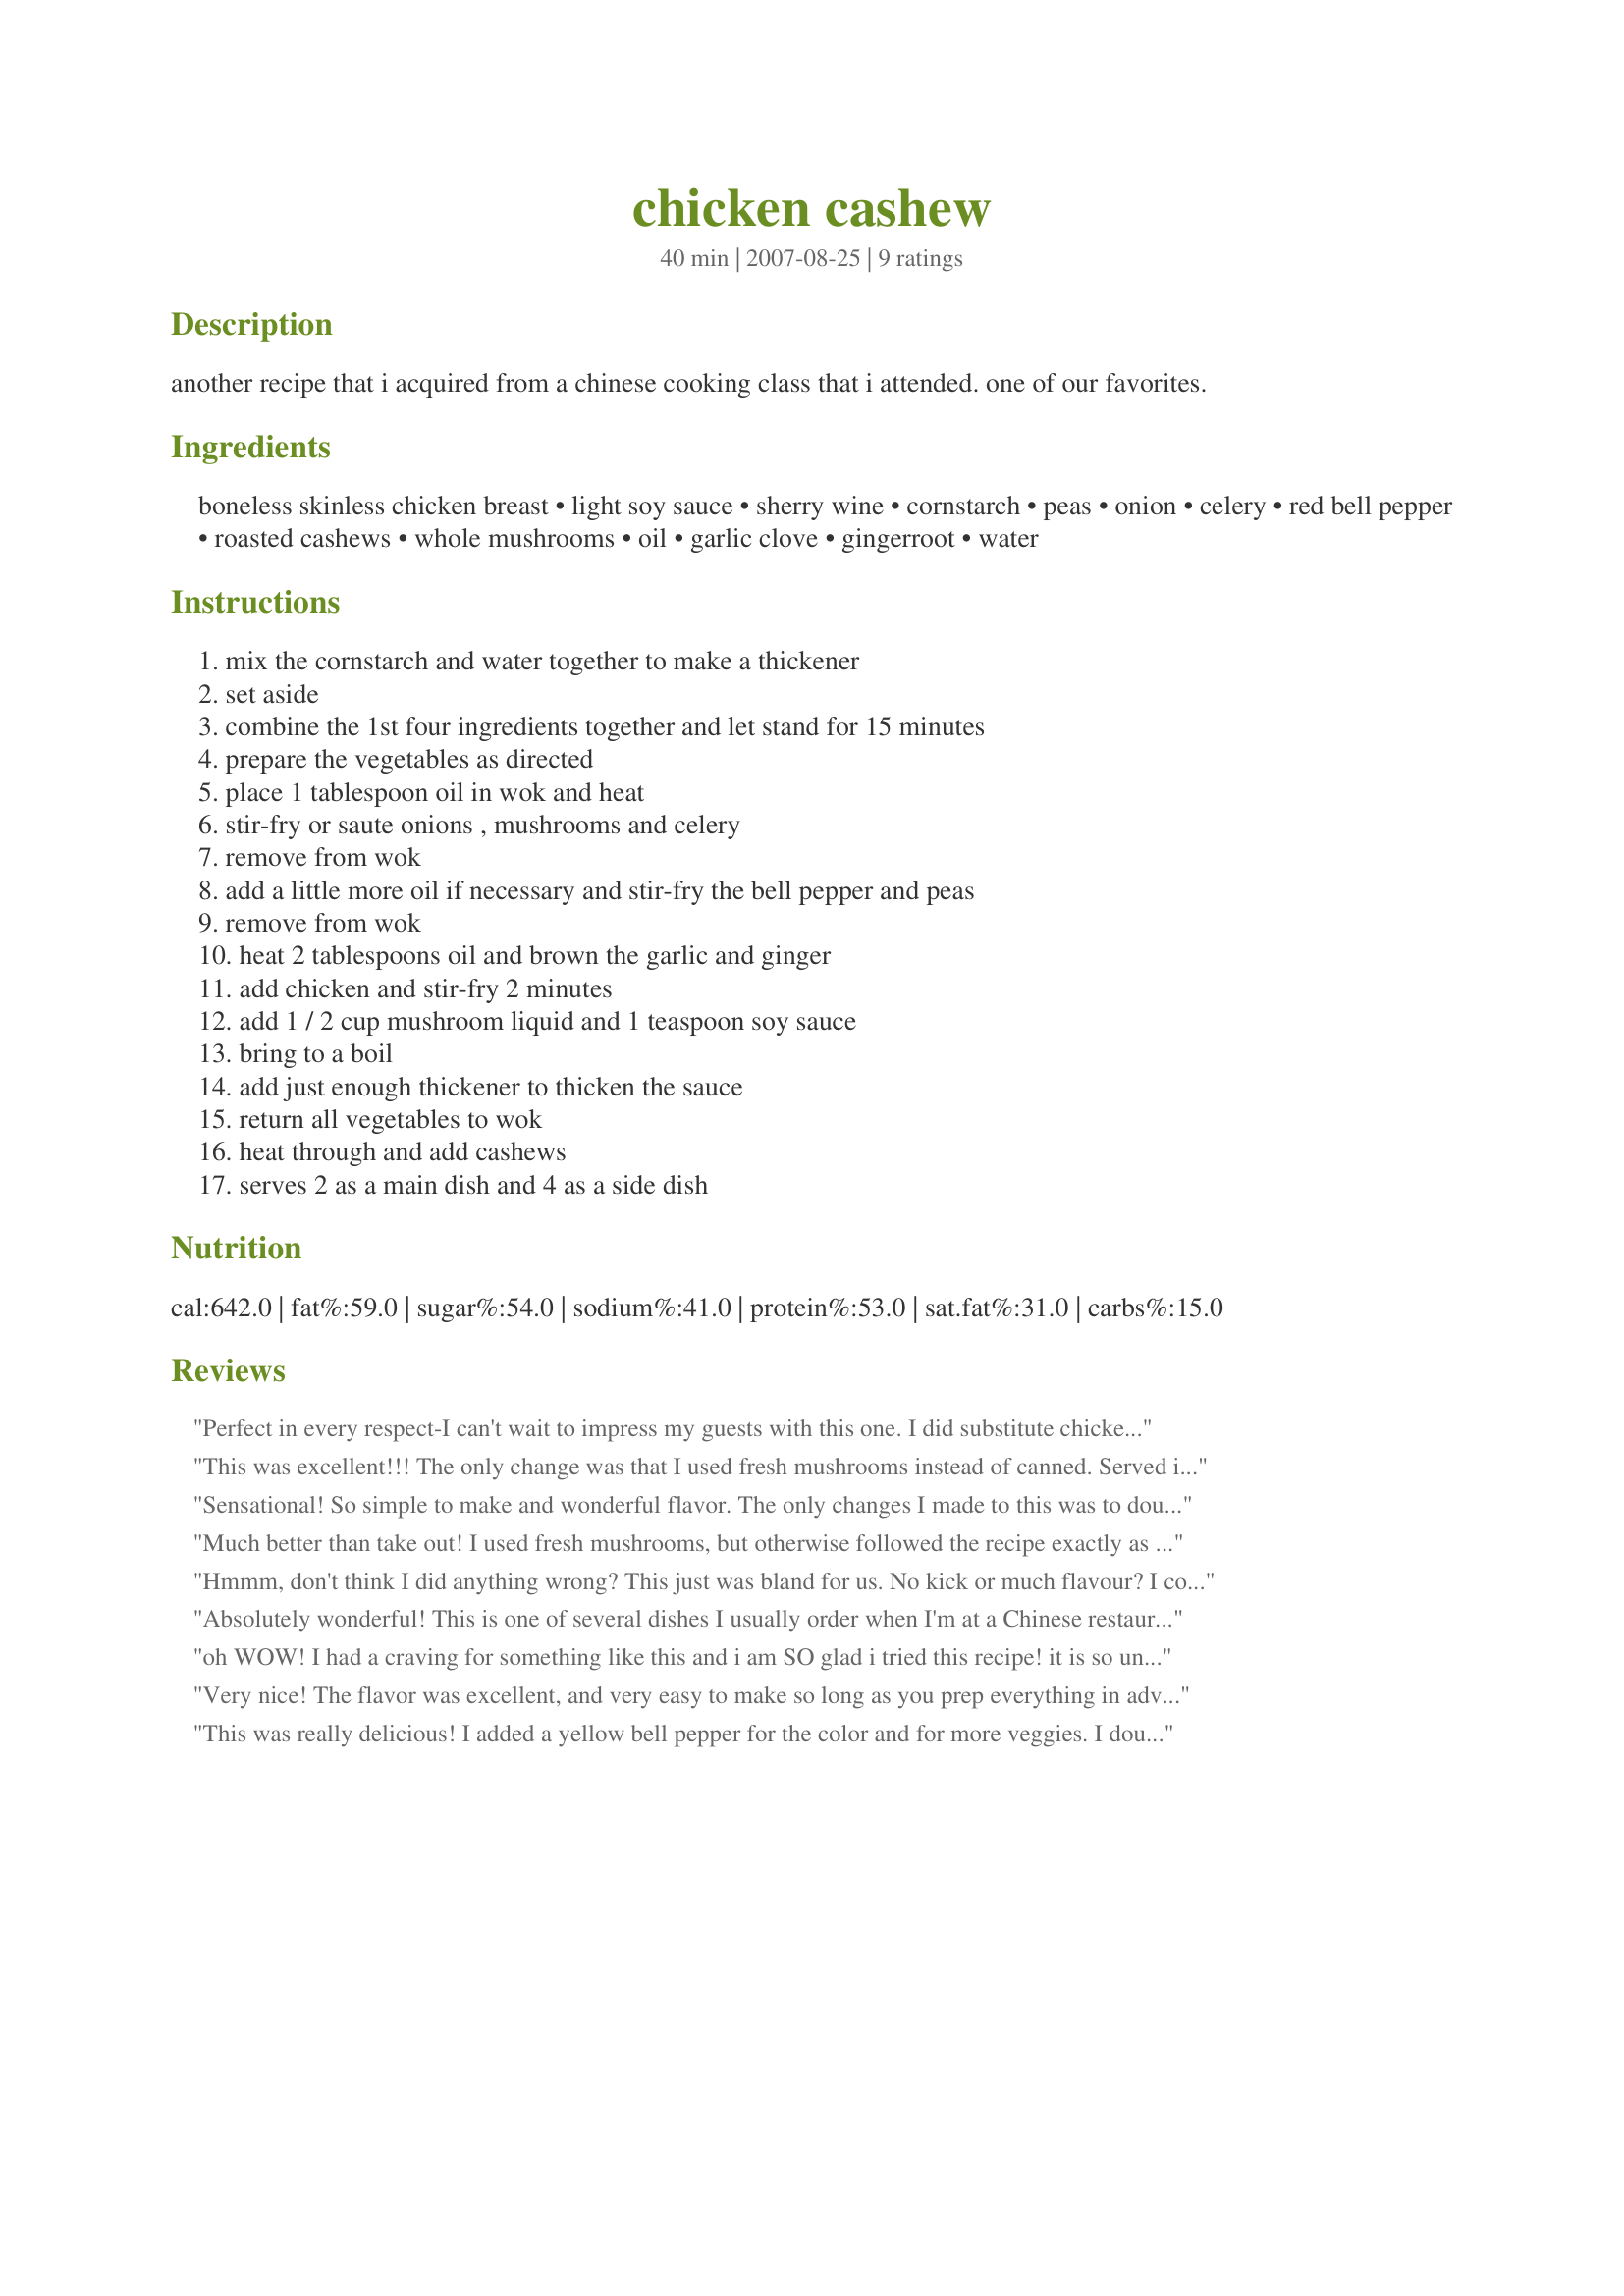
chicken cashew
Preparation time: 40 minutes

another recipe that i acquired from a chinese cooking class that i attended. one of our favorites.

Ingredients:
boneless skinless chicken breast, light soy sauce, sherry wine, cornstarch, peas, onion, celery, red bell pepper, roasted cashews, whole mushrooms, oil, garlic clove, gingerroot, water

Steps:
mix the cornstarch and water together to make a thickener, set aside, combine the 1st four ingredients together and let stand for 15 minutes, prepare the vegetables as directed, place 1 tablespoon oil in wok and heat, stir-fry or saute onions , mushrooms and celery, remove from wok, add a little more oil if necessary and stir-fry the bell pepper and peas, remove from wok, heat 2 tablespoons oil and brown the garlic and ginger, add chicken and stir-fry 2 minutes, add 1 / 2 cup mushroom liquid and 1 teaspoon soy sauce, bring to a boil, add just enough thickener to thicken the sauce, return all vegetables to wok, heat through and add cashews, serves 2 as a main dish and 4 as a side dish

Reviews:
Perfect in every respect-I can't wait to impress my guests with this one. I did substitute chicken broth for the sherry wine-otherwise made as posted. Thanks lazyme for sharing. Congratulations on winning the Football #7 Pool!!
This was excellent!!! The only change was that I used fresh mushrooms instead of canned. Served it today with a side of white rice and "bought" eggrolls. Will make again and again. Thanks for sharing. Chach
Sensational! So simple to make and wonderful flavor. The only changes I made to this was to double the recipe and also to use fresh mushrooms instead of canned (using vegetable broth to replace the canned mushroom liquid) and I also used a yellow bell pepper instead of the red (all I had on hand). The red would have made a much prettier presentation and when I make this again, I will be sure to use the red bell pepper. Thanks for the excellent supper, Lazyme!
Much better than take out! I used fresh mushrooms, but otherwise followed the recipe exactly as written. Beautiful colors, and fantastic taste! Served with Jasmine rice. I made this for Gimme 5 Tag game....I'd give it more than 5 stars if I could! I can't wait to make this for my daughter when she comes home to visit...she'll love it. Thanks for posting this lazyme.
Hmmm, don't think I did anything wrong? This just was bland for us. No kick or much flavour? I could have cooked the veg on a higher heat, but everything was still crisp and colourful. I'm certain I followed directions, so, unfortunately, I won't be making this again. Thanks for your recipe. though. I appreciated the abundance of veggies! Also, the cashew chicken we normally get is usually drier, w/ st. tomato paste, or something? I've seen it added in other recipes for this here. I will try those next.
Absolutely wonderful! This is one of several dishes I usually order when I'm at a Chinese restaurant, but it's so much better from my own kitchen! Only one change I'd make when fixing it again, & that would be to use fresh mushrooms (if I'm gonna eat those buggers, I want to start out with fresh ones)! Definitely a keeper of a recipe! [Tagged & made in Please Review My Recipe]
oh WOW! I had a craving for something like this and i am SO glad i tried this recipe! it is so unbelievably good! very easy to make and taste better than at any chinese food restaurant I've ever been! sooooo tasty!
Very nice! The flavor was excellent, and very easy to make so long as you prep everything in advance. I did double the garlic and ginger, just for our personal preference. Will definitely make this again! Made for CQ14.
This was really delicious! I added a yellow bell pepper for the color and for more veggies. I doubled the sauce amount and added some more soy sauce (this for personal taste).I prepared all the ingredients in advance so that the dish was ready done at the last moment.&lt;br/&gt;Made vor Culinary Quest 2014
